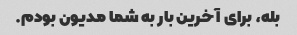
بله، برای آخرین بار به شما مدیون بودم.